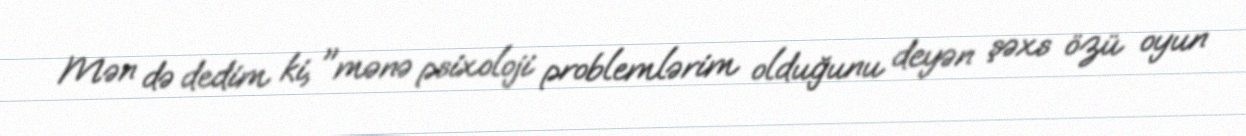
Mən də dedim ki, "mənə psixoloji problemlərim olduğunu deyən şəxs özü oyun